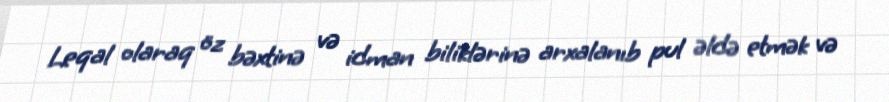
Leqal olaraq öz bəxtinə və idman biliklərinə arxalanıb pul əldə etmək və